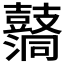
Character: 𪔦